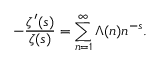
- { \frac { \zeta ^ { \prime } ( s ) } { \zeta ( s ) } } = \sum _ { n = 1 } ^ { \infty } \Lambda ( n ) n ^ { - s } .